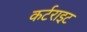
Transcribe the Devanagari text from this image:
कर्टराइट